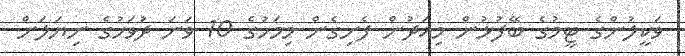
ވަކީލުންގެ ޓީމުގެ ބޭފުޅުން މިއަދުން ފެށިގެން މިމަހުގެ 10 ވަނަ ދުވަހުގެ ނިޔަލަށް